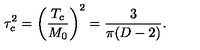
\tau _ { c } ^ { 2 } = \left( \frac { T _ { c } } { M _ { 0 } } \right) ^ { 2 } = \frac { 3 } { \pi ( D - 2 ) } { . }